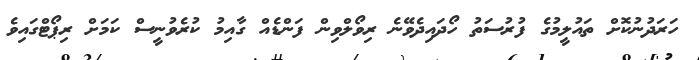
ހަރަދުނުކޮށް ތައުލީމުގެ ފުރުސަތު ހޯދައިދެވޭނެ ރިވޯލްވިން ފަންޑެއް ގާއިމު ކުރެވުނީސް ކަމަށް ރިޕޯޓްގައިވެ